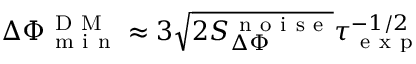
\Delta \Phi _ { \mathrm { ~ m ~ i ~ n ~ } } ^ { \mathrm { ~ D ~ M ~ } } \approx 3 \sqrt { 2 S _ { \Delta \Phi } ^ { \mathrm { ~ n ~ o ~ i ~ s ~ e ~ } } } \tau _ { \mathrm { ~ e ~ x ~ p ~ } } ^ { - 1 / 2 }